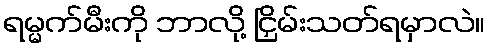
ရမ္မက်မီးကို ဘာလို့ ငြှိမ်းသတ်ရမှာလဲ။